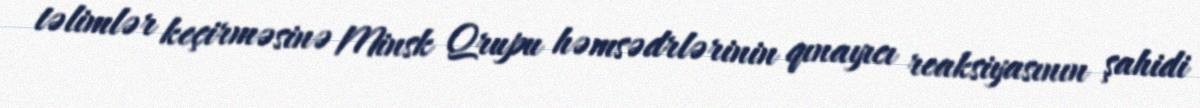
təlimlər keçirməsinə Minsk Qrupu həmsədrlərinin qınayıcı reaksiyasının şahidi